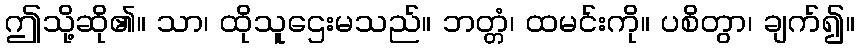
ဤသို့ဆို၏။ သာ၊ ထိုသူဌေးမသည်။ ဘတ္တံ၊ ထမင်းကို။ ပစိတွာ၊ ချက်၍။